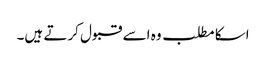
اسکا مطلب وہ اسے قبول کرتے ہیں۔